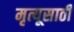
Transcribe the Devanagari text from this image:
मृत्यूसाठी